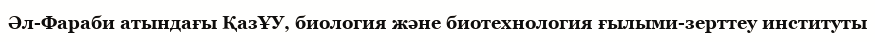
Әл-Фараби атындағы ҚазҰУ, биология және биотехнология ғылыми-зерттеу институты